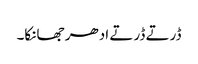
ڈرتے ڈرتے ادھر جھانکا۔